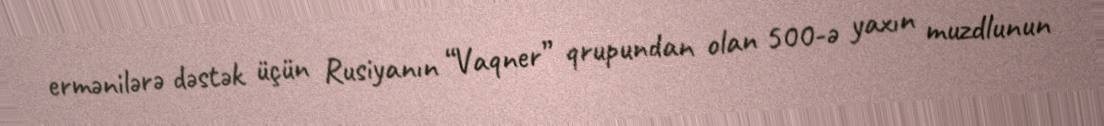
ermənilərə dəstək üçün Rusiyanın “Vaqner” qrupundan olan 500-ə yaxın muzdlunun